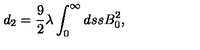
d _ { 2 } = \frac { 9 } { 2 } \lambda \int _ { 0 } ^ { \infty } d s s B _ { 0 } ^ { 2 } ,